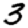
Digit: 3